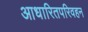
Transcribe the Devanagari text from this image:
आधारितपरिवहन